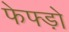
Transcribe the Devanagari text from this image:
फेफ्ड़ो